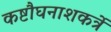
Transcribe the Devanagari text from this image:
कष्टौघनाशकर्त्रे